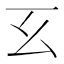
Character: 𢆰